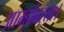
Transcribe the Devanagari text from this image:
आम्हांवरता।